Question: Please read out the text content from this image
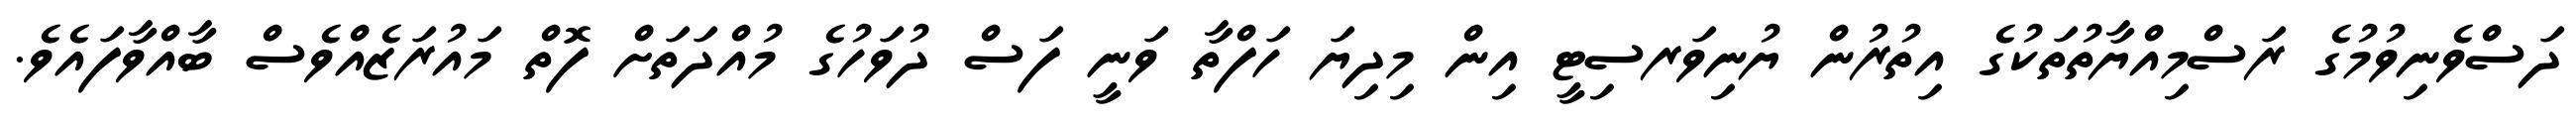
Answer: ދަސްވެނިވުމުގެ ރަސްމިއްޔާތުތަކުގެ އިތުރުން ޔުނިވަރސިޓީ އިން މިދިޔަ ހަފްތާ ވަނީ ފަސް ދުވަހުގެ މުއްދަތަށް ފޮތް މައުރަޒެއްވެސް ބާއްވާފައެވެ.